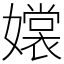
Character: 𡣖